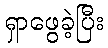
ရှာဖွေခဲ့ပြီး